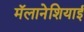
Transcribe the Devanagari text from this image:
मॅलानेशियाई